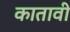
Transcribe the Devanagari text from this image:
कातावी